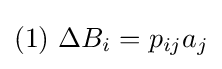
(1)\ \Delta B_{i}=p_{ij}a_{j}